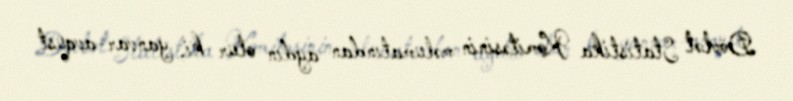
Dövlət Statistika Komitəsinin məlumatından aydın olur ki, yanvar-avqust